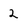
Character: 2